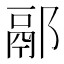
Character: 䣓